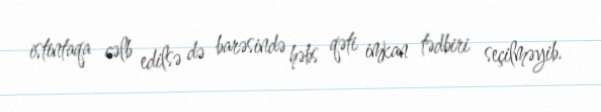
istintaqa cəlb edilsə də barəsində həbs qəti imkan tədbiri seçilməyib.